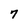
Character: 7